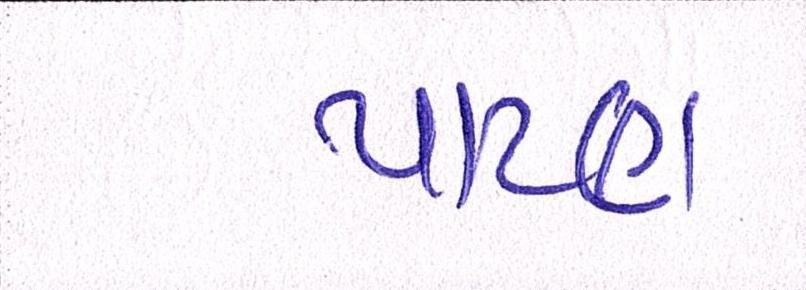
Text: પાટણ